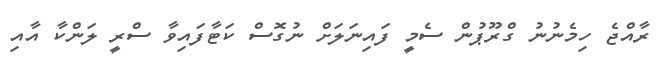
ރާއްޖެ ހިމެނުނު ގްރޫޕުން ސެމީ ފައިނަލަށް ނުގޮސް ކަޓާފައިވާ ސްރީ ލަންކާ އާއި